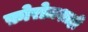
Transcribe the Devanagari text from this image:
फ़ोरोज़शाही